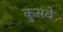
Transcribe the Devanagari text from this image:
कुसवे